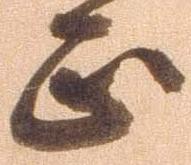
正